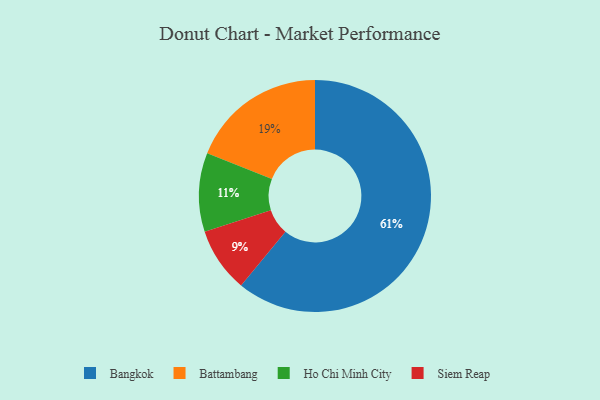
{"axis": {"x": "Category", "y": "Percentage"}, "legend": ["Bangkok", "Battambang", "Ho Chi Minh City", "Siem Reap"], "data": [{"x": "Bangkok", "y": 61, "type": "Bangkok"}, {"x": "Battambang", "y": 19, "type": "Battambang"}, {"x": "Ho Chi Minh City", "y": 11, "type": "Ho Chi Minh City"}, {"x": "Siem Reap", "y": 9, "type": "Siem Reap"}]}